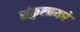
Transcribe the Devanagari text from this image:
संकुलामधे